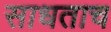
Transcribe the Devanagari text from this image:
साधताच